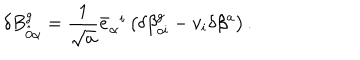
\delta B _ { \hat { 0 } \alpha } ^ { g } = \frac { 1 } { \sqrt { a } } { \bar { e } } _ { \alpha } ^ { \; \; i } \left( \delta { \beta } _ { o i } ^ { g } - v _ { i } \delta \beta ^ { a } \right) .